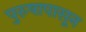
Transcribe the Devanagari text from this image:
पुरुषापासून